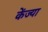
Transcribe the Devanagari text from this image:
केंज्या